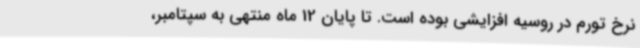
نرخ تورم در روسیه افزایشی بوده است. تا پایان 12 ماه منتهی به سپتامبر،